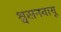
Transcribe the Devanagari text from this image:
श्वसनवायू